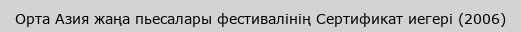
Орта Азия жаңа пьесалары фестивалінің Сертификат иегері (2006)